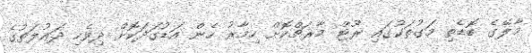
މާލޭގެ ބޮޑެތި މަގުތަކުގައި ރޫޓް މާރޗްކޮށް ހިމާރު ހެން އަޑުގަދަކޮށް ދިވެހި ދައުލަތުގެ